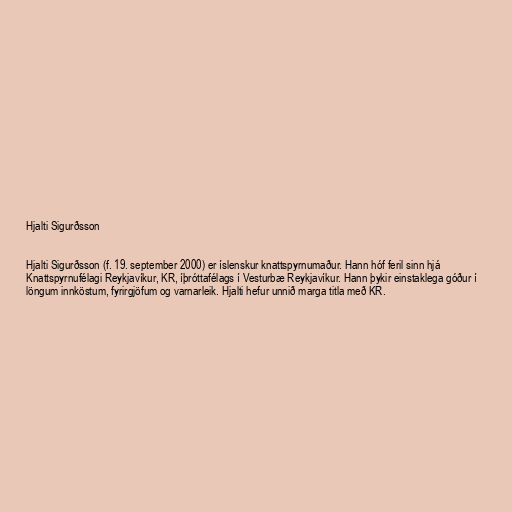
Hjalti Sigurðsson

Hjalti Sigurðsson (f. 19. september 2000) er íslenskur knattspyrnumaður. Hann hóf feril sinn hjá
Knattspyrnufélagi Reykjavíkur, KR, íþróttafélags í Vesturbæ Reykjavíkur. Hann þykir einstaklega góður í
löngum innköstum, fyrirgjöfum og varnarleik. Hjalti hefur unnið marga titla með KR.